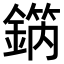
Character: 𨪗